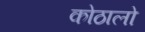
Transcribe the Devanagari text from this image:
कोठालो